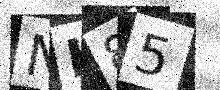
Text: NK85